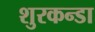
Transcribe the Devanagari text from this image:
शुरकन्डा